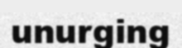
unurging